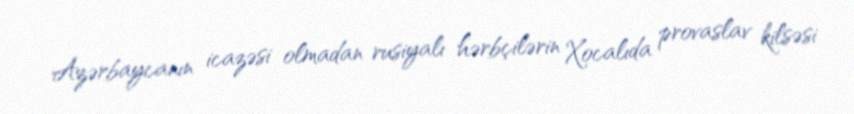
Azərbaycanın icazəsi olmadan rusiyalı hərbçilərin Xocalıda provaslav kilsəsi